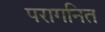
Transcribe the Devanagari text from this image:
परागनित